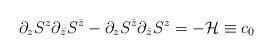
LaTeX: \begin{align*}\partial_zS^{z}\partial_{\bar{z}} S^{\bar{z}} - \partial_{z}S^{\bar{z}} \partial_{\bar{z}} S^z=-{\cal H}\equiv c_0\end{align*}